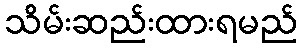
သိမ်းဆည်းထားရမည်